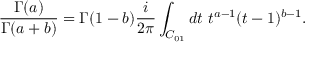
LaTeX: \frac { \Gamma ( a ) } { \Gamma ( a + b ) } = \Gamma ( 1 - b ) \frac { i } { 2 \pi } \int _ { { \cal C } _ { 0 1 } } d t \ t ^ { a - 1 } ( t - 1 ) ^ { b - 1 } .